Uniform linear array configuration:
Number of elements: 8
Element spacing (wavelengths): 0.25
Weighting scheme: uniform
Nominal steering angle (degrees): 45
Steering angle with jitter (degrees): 45.773
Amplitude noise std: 0.05
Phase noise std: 0.05

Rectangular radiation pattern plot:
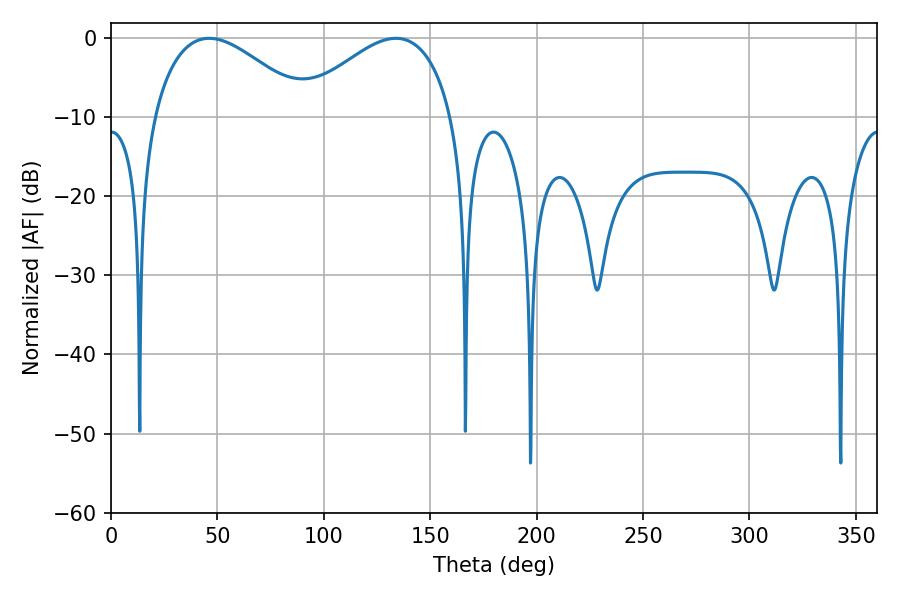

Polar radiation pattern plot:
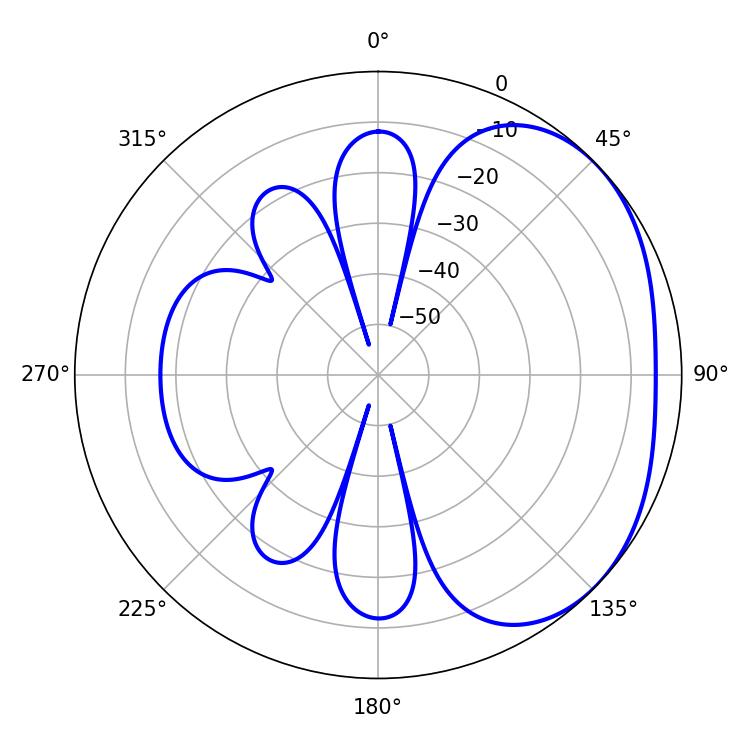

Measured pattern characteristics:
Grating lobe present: FALSE
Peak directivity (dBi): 2.578
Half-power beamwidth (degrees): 39.78
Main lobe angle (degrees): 133.92